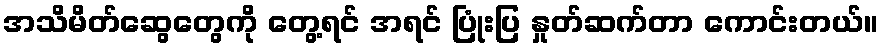
အသိမိတ်ဆွေတွေကို တွေ့ရင် အရင် ပြုံးပြ နှုတ်ဆက်တာ ကောင်းတယ်။